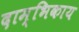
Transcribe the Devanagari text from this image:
दाम्भिकाय